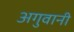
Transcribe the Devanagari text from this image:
अगुवानी